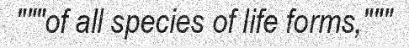
"""of all species of life forms,"""